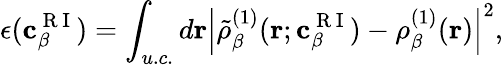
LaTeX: \epsilon(\mathbf{c}_{\beta}^{\mathrm{~R~I~}})=\int_{u.c.}d\mathbf{r}\left|\tilde{\rho}_{\beta}^{(1)}(\mathbf{r};\mathbf{c}_{\beta}^{\mathrm{~R~I~}})-\rho_{\beta}^{(1)}(\mathbf{r})\right|^{2},